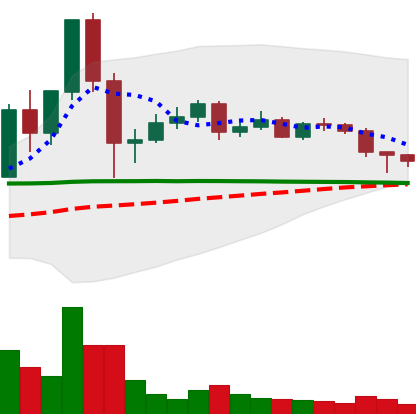
Ticker: DOGE-USD
Chart end date: 2020-12-10
Forward return: 3.253%
Label: up_3_5